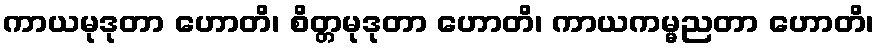
ကာယမုဒုတာ ဟောတိ၊ စိတ္တမုဒုတာ ဟောတိ၊ ကာယကမ္မညတာ ဟောတိ၊